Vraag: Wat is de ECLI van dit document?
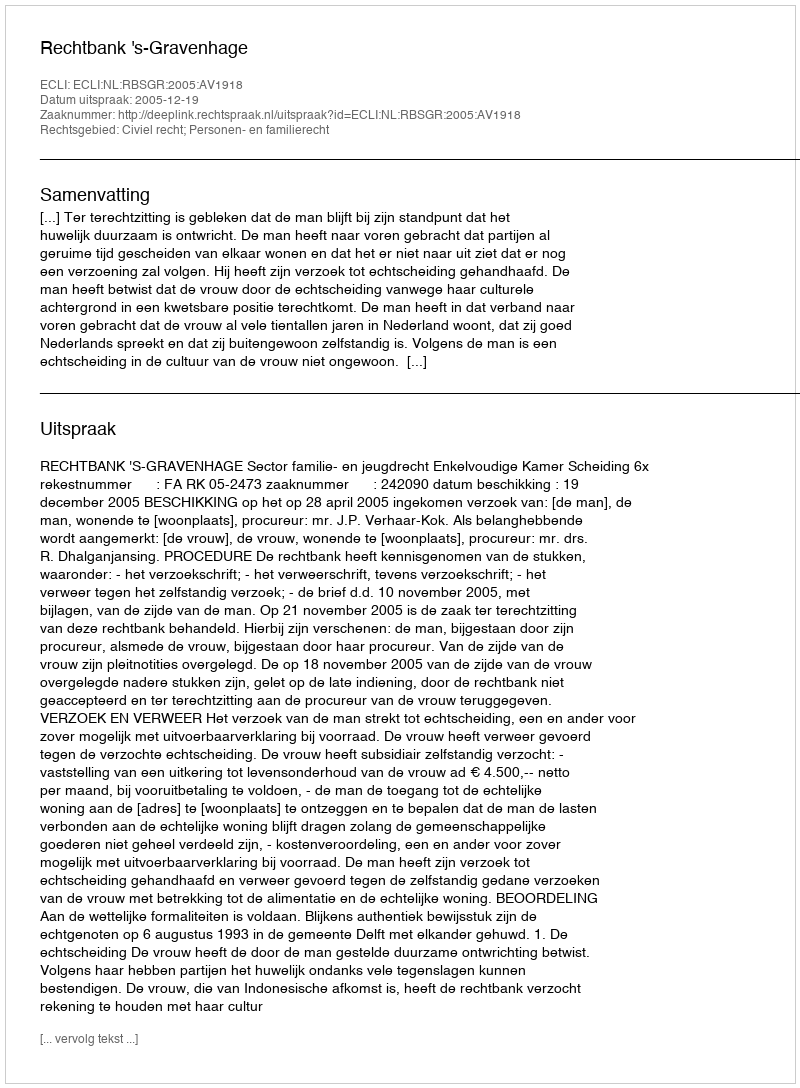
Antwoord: ECLI:NL:RBSGR:2005:AV1918